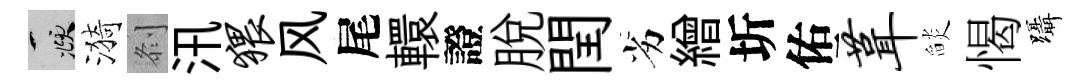
頫漪𠛴汛猥风尾轘證脱閏劣繒圻佑葺𦦨愒躡